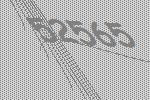
52565